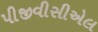
પીજીવીસીએલ